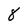
Character: 8